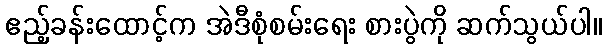
ဧည့်ခန်းထောင့်က အဲဒီစုံစမ်းရေး စားပွဲကို ဆက်သွယ်ပါ။